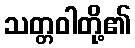
သတ္တဝါတို့၏